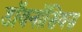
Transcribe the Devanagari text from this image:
डॉयनॉसियस